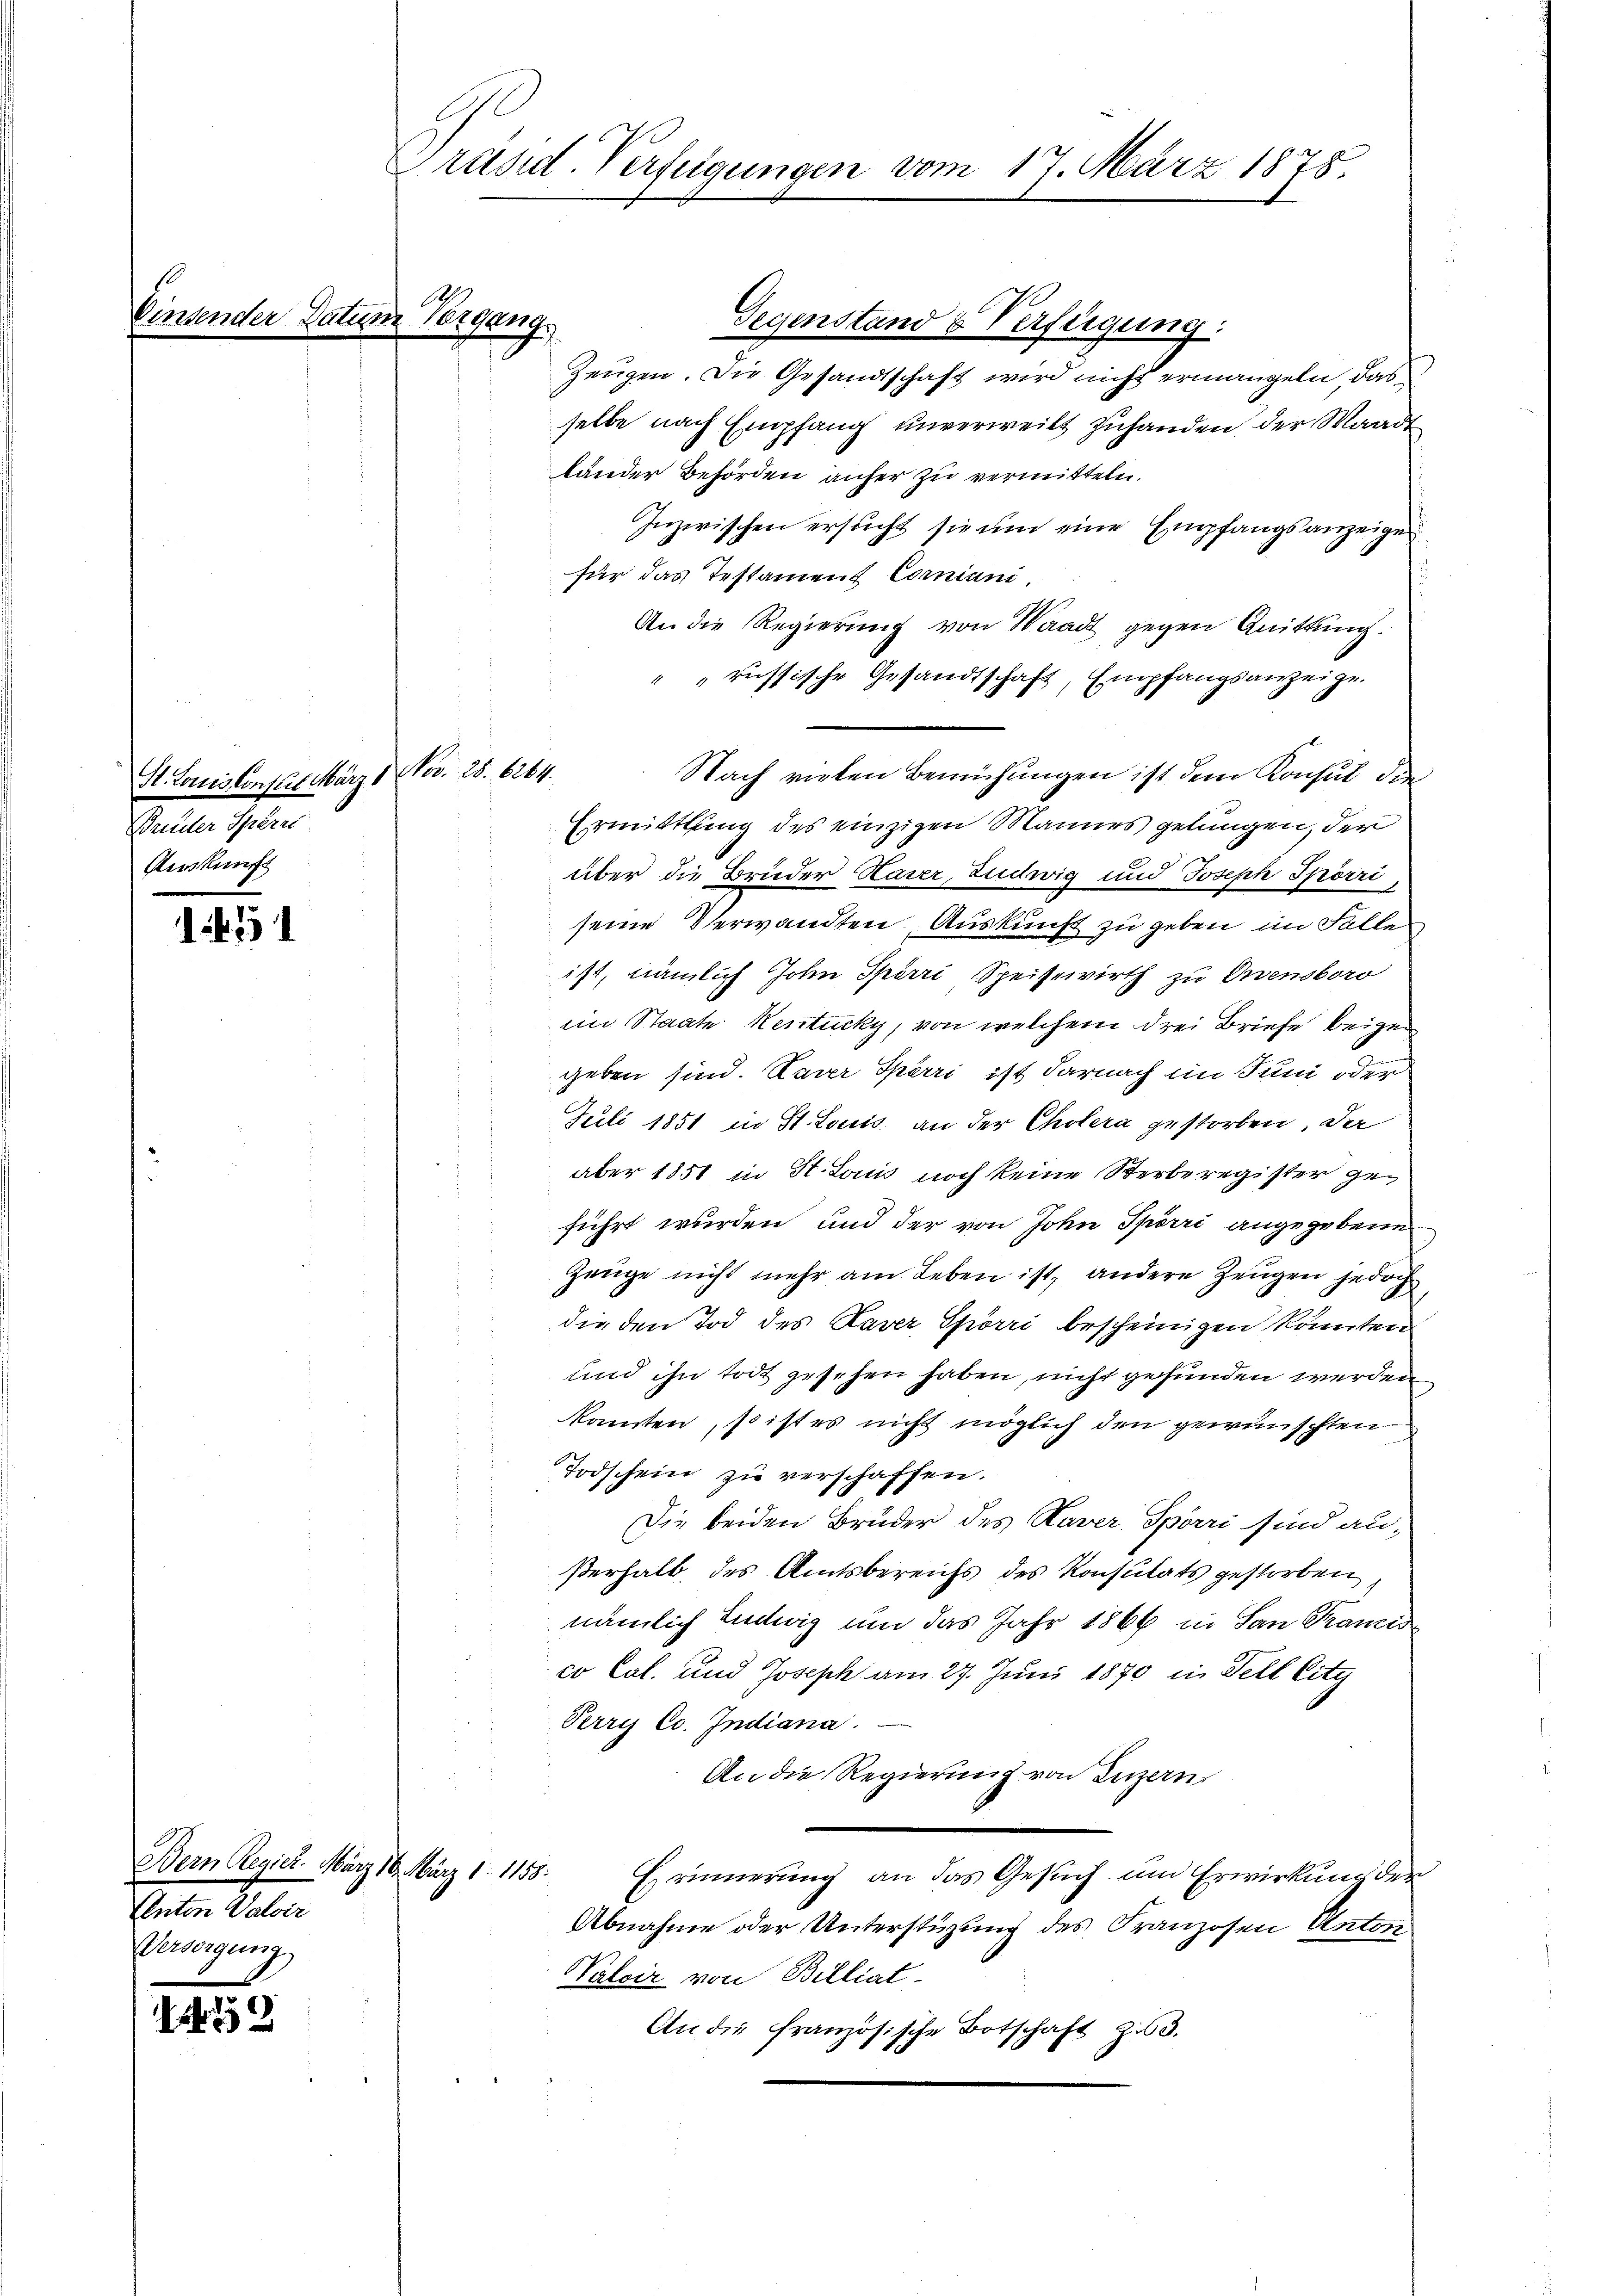
Einsender.

2

b

Ah
Datum 10tgang

St. Louissonstit. März 1. Nov. 25. 6264.
Breiter Sperrs
Auskunft

Bern Regier. März 16. März 1. 1158.
Anton Valoir
Versorgung

C
Präsid. Verfügungen vom 17. März 1878.

Gegenstand & Verfügung:
Zeugen. Die Gesandtschaft wird nicht ermangeln das
selbe nach Empfang unverweilt zuhanden, der Waadt
länder Behörden anher zu vermitteln.
Inzwischen ersucht sie um eine Empfangsanzeige
für das Testament Corniani.
An die Regierung von Waadt gegen Quittung.
" "russische Gesandtschaft, Empfangsanzeige.
Nach vielen Bemühungen ist dem Konsul die
Ermittlung des einzigen Mannes gelungen, der
über die Bruder Haser, Ludwig und Joseph Spörri
seine Verwandten Auskunft zu geben im Falle
.
ist, nämlich John Spörri Speisewirth zu Orvensboro
iin Staate Kentucky, von welchem drei Briefe beige
geben sind. Neuer Spörri ist darnach im Juni oder
Juli 1851 in St. Louis an der Cholera gestorben. Dar
aber 1851 in St. Louis noch keine Sterberegister geführt wurden, und der von John Spörri angegebene
Zeuge nicht mehr am Leben ist, andere Zeugen jedoch
die den Tod des Daver Spörri bescheinigen könnten
und ihn todt gesehen haben, nicht gefunden werden
konnten, so ist es nicht möglich den gewünschten
Todschein zu verschaffen.
Die beiden Brüder des Haver Spörri sind außerhalb des Amtsbereichs des Konsulats gestorben,
nämlich Ludwig um das Jahr 1866 in San Tramis
co Cal. und Joseph am 27. Juni 1870 in Fell City
Perry Co. Indiana
An die Regierung von Luzern,
Erinnerung an das Gesuch um Erwirkung der
Abnahme oder Unterstüzung des Franzosen Anton
Valoir von Billiat
An die französische Botschaft zu 3.